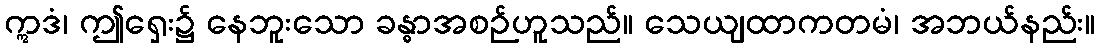
ဣဒံ၊ ဤရှေး၌ နေဘူးသော ခန္ဓာအစဉ်ဟူသည်။ သေယျထာကတမံ၊ အဘယ်နည်း။